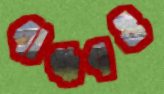
বান্ধবও